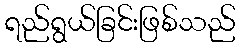
ရည်ရွယ်ခြင်းဖြစ်သည်